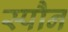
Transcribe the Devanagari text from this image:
स्पौन